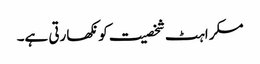
مسکراہٹ شخصیت کو نکھارتی ہے۔